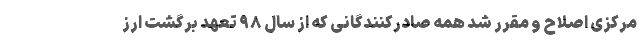
مرکزی اصلاح و مقرر شد همه صادرکنندگانی که از سال ۹۸ تعهد برگشت ارز